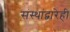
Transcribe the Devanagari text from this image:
संस्थांद्वारेही